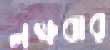
লক্ষবার